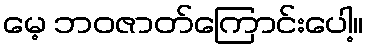
မေ့ ဘဝဇာတ်ကြောင်းပေါ့။